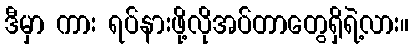
ဒီမှာ ကား ရပ်နားဖို့လိုအပ်တာတွေရှိရဲ့လား။